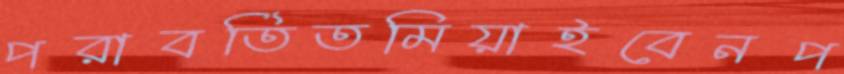
পরাবর্তিতমিয়াইবেনপ